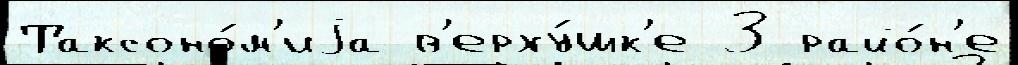
Таксоно́м'иjа в'ерху́шк'е 3 райо́н'е